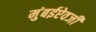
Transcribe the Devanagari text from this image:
मुंबईऐवजी